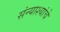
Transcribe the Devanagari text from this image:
संन्याश्यांचे